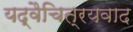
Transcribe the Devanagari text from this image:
यद्वैचित्रयवाद